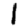
Digit: 1